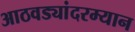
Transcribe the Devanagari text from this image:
आठवड्यांदरम्यान